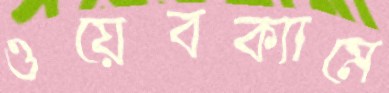
ওয়েবক্যামে